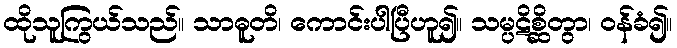
ထိုသူကြွယ်သည်။ သာဓူတိ၊ ကောင်းပါပြီဟူ၍။ သမ္ပဋိစ္ဆိတွာ၊ ဝန်ခံ၍။